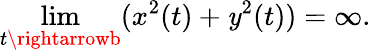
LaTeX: \operatorname*{lim}_{t\rightarrowb}(x^{2}(t)+\mathit{y}^{2}(t))=\infty.